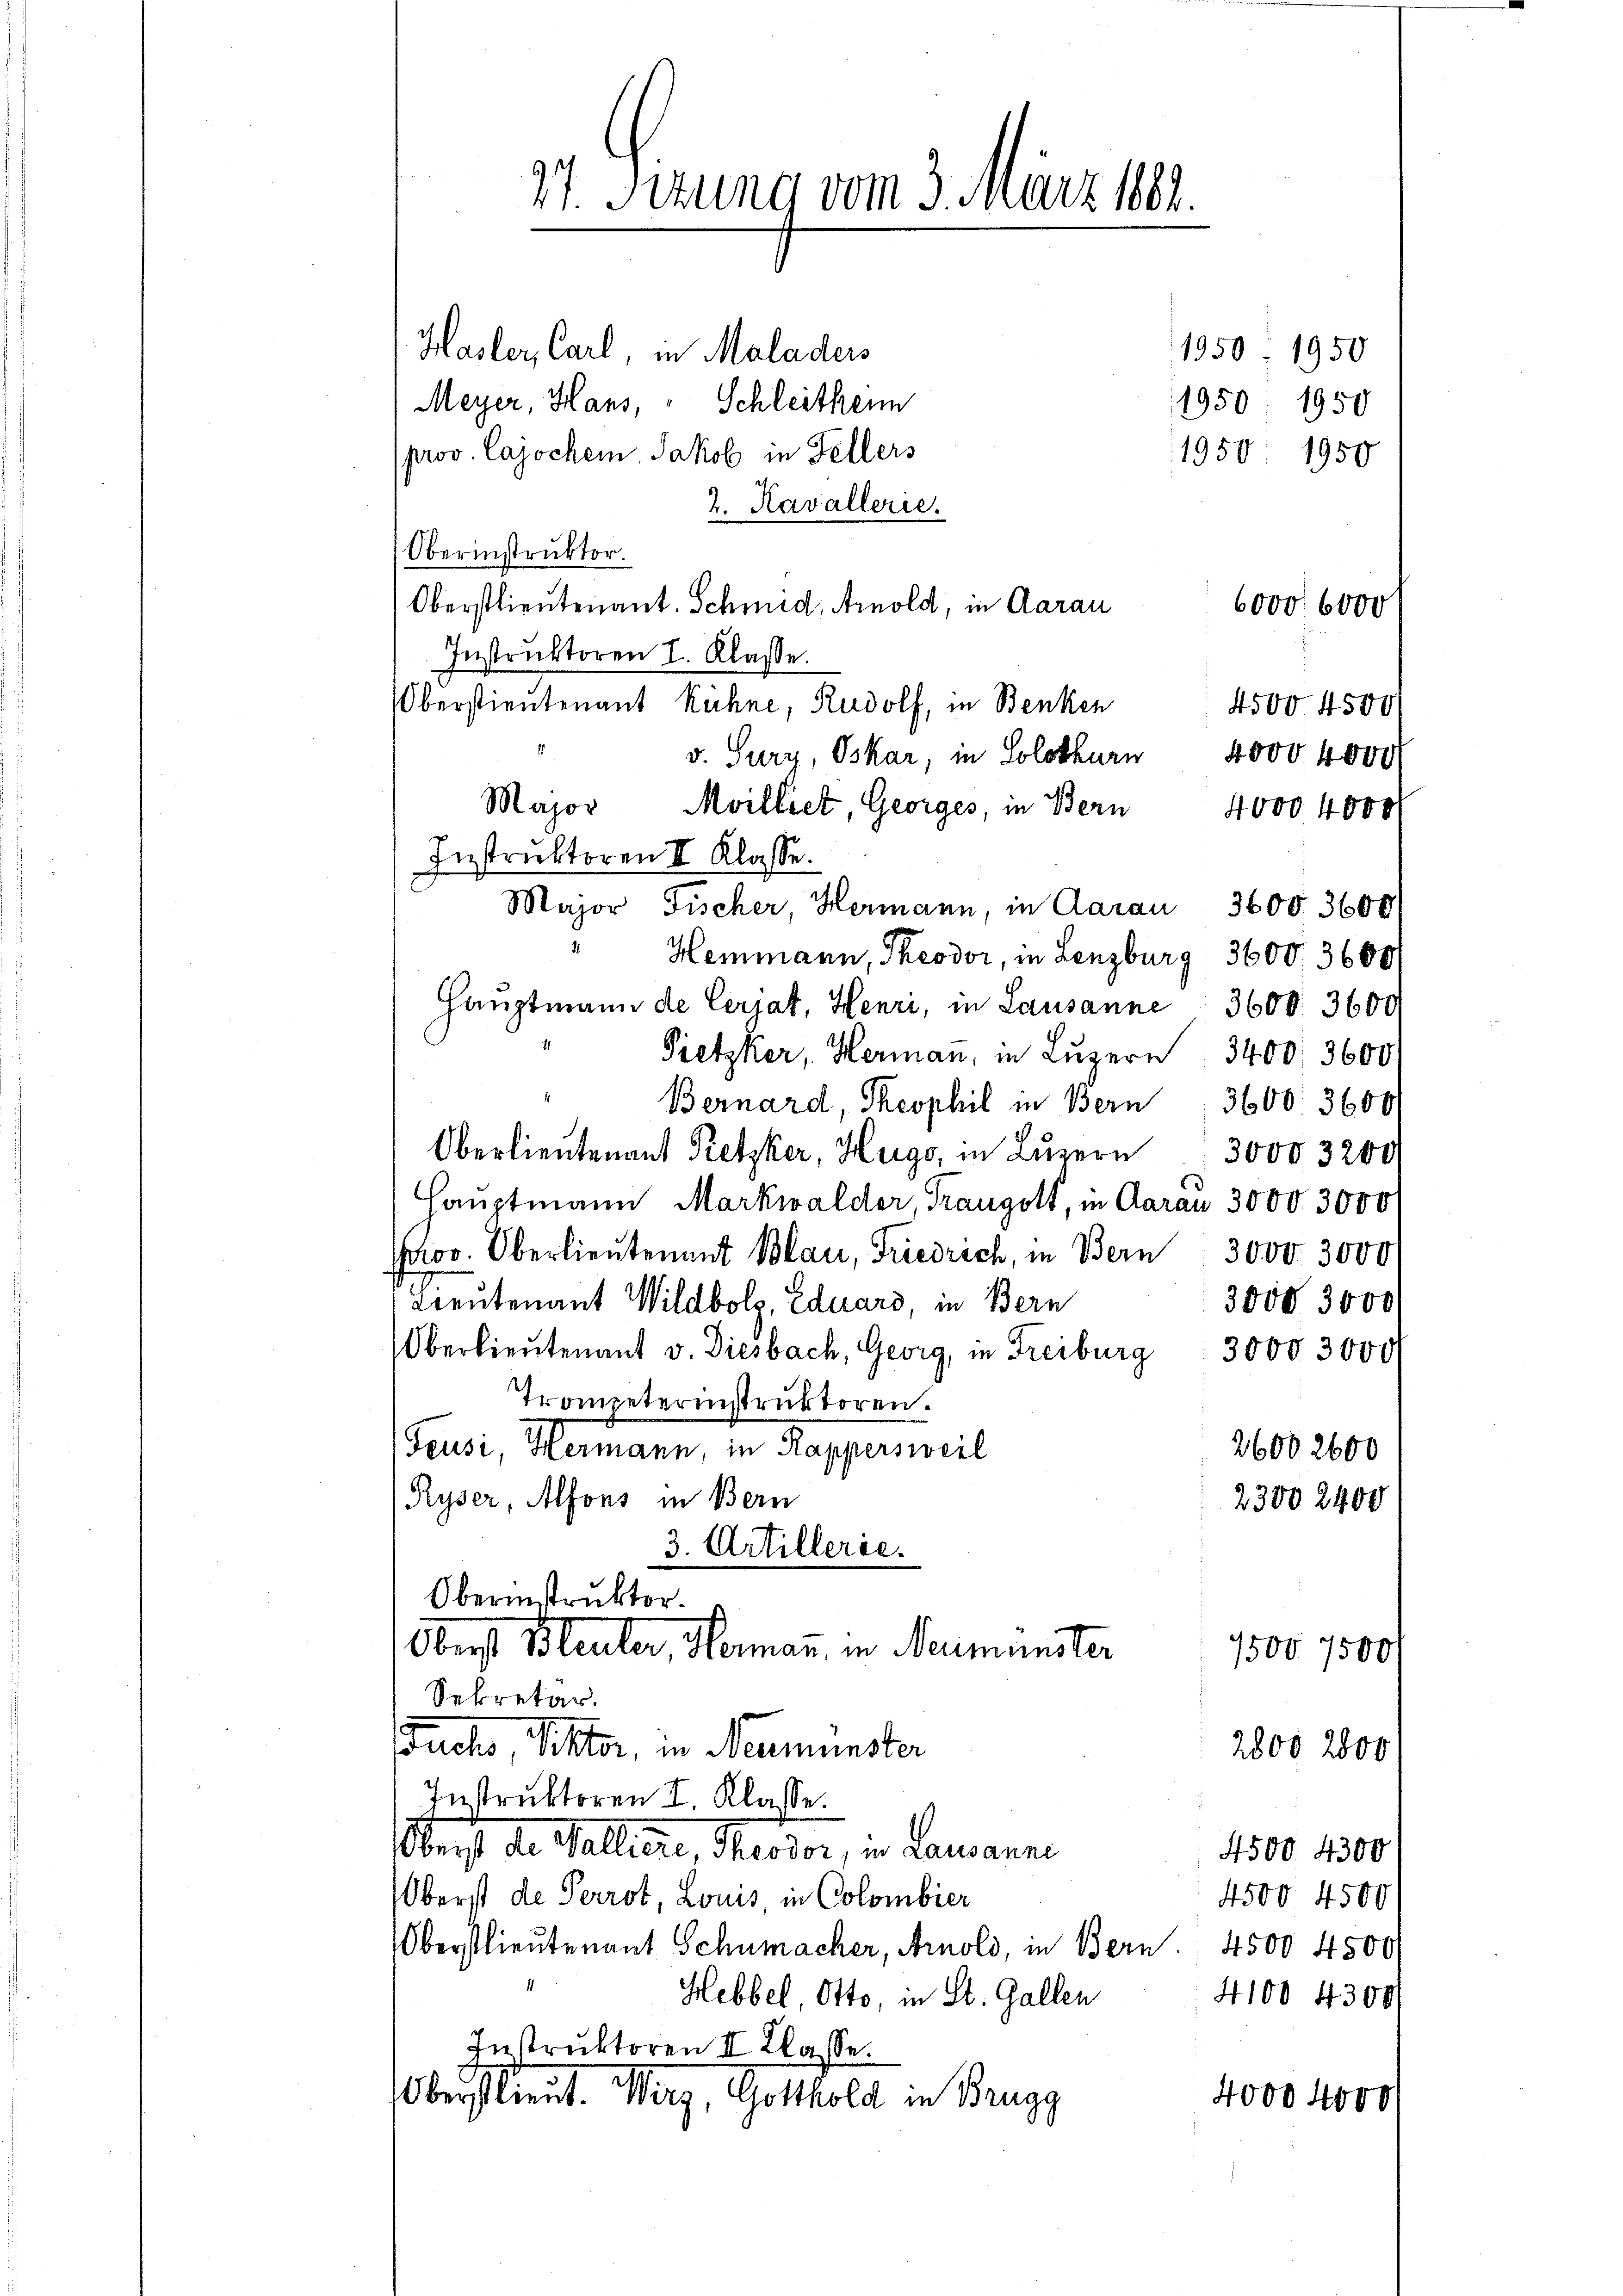
1950. 1950
Hasler, Carl, in Maladens
1950. 1950
Meyer, Hans, " Schleither
prov. Cajochen Jakob in Fellers
1950 1950
2. Kavallerie.
Oberinstruktor.
Oberstlieutenant. Schmid, Arnold, in Aarau
6000. 6000
Instruktoren I. Klasse.
Oberstieutenant Kühne, Rudolf, in Benken
v. Sury, Oskar, in Solothurn 4000. 4000
Mvilliet, Georges, in Bern
4000 4000
Major Fischer Hermann, in Aarau 3600. 3600
Heimann, Theodor, in Lenzburg 3600. 3600
Hauptmann de Cerjat, Henri, in Lausanne 3600. 3600
Pietzker, Herman, in Luzern 3400. 3600.
Bernard, Theophil in Bern 3600. 3600
Oberlieutenant Pretzker, Hugo, in Luzern 3000 3200
Hauptmann Markwalder, Trangott, in Aarau 3000. 3000
Por. Oberlieutenant Blau, Friedrich, in Bern 3000. 3000
Lieutenant Wildbolz, Eduard, in Bern
3000 3000
Oberlieŭtenant v. Diesbach, Georg, in Freiburg: 3000 3000
Trompeterinstruktoren.
Feusi, Hermann, in Kappersweil
26002600
Ryser, Alfons in Bern
23002400
3. Artillerie.

34. Sizung vom 3. März 184.

Major
Instruktoren II Klasse.

Oberinstruktor.
Oberst Bleuler Hermann in Neumünster

Sekretär.
Fuchs, Viktor, in Neumünster
2800 2000
Instruktoren I. Klasse.
Oberst der allerie, Theodor, in Lausanne
4500 4300
Oberst de Perrot, Louis, in Colombier
4500. 4500
Oberstlieutenant Schumacher, Arnold, in Bern 4500 4500
4100 4300
Hebbel, Otto, in St. Gallen
Instruktoren II Klasse.
Oberstlieut. Werg, Gotthold in Brugg
4000 4ovo

4500 4500

1500 7500 f